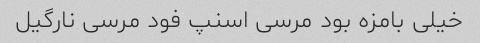
خیلی بامزه بود مرسی اسنپ فود مرسی نارگیل